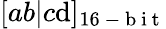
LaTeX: [ab|c\mathrm{d}]_{16\mathrm{{~-~b~i~t~}}}